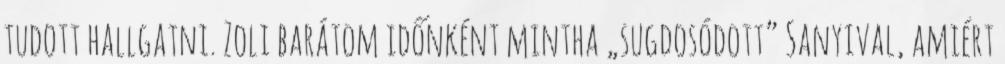
tu­dott hallgatni. Zoli barátom időnként mintha „sugdosódott” Sa­nyi­­val, amiért